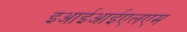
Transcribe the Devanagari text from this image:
इआईआईएलएम